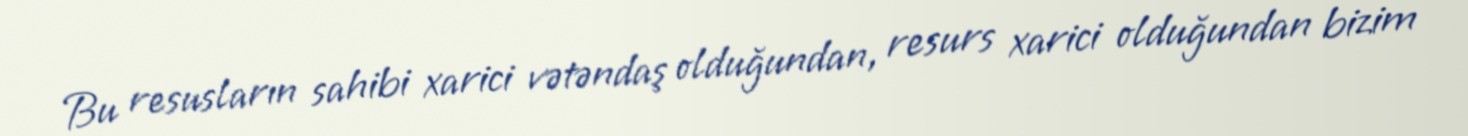
Bu resusların sahibi xarici vətəndaş olduğundan, resurs xarici olduğundan bizim